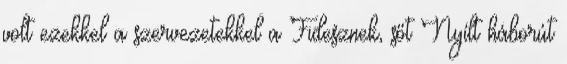
volt ezekkel a szervezetekkel a Fidesznek, sőt Nyílt háborút